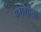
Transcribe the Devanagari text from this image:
अभंगाचा